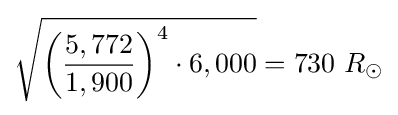
{\sqrt {{\biggl (}{\frac {5,772}{1,900}}{\biggr )}^{4}\cdot 6,000}}=730\ R_{\odot }